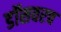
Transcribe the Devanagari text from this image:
डॉसवरच